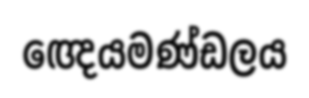
ඥෙයමණ්ඩලය